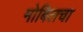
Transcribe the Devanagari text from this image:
मोबिलचा